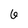
Character: 6